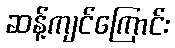
ဆန့်ကျင်ကြောင်း